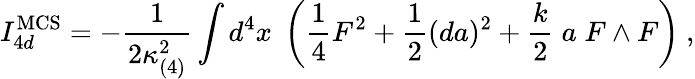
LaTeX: I_{4d}^{\mathrm{MCS}}=-{\frac{1}{2\kappa_{(4)}^{2}}}\int d^{4}x\; \left({\frac{1}{4}}F^{2}+{\frac{1}{2}}(da)^{2}+{\frac{k}{2}}\; a\; F\wedge F\right)\ ,